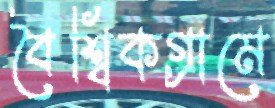
বৈশ্বিকগ্রামে